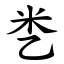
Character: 㐘